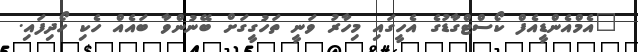
"އެމްއެންޑީއެފް ކޯސްޓްގާޑުގެ އެހީގައި މިހާރު ވަނީ ތަހުގީގަށް ބޭނުންވާ ބައެއް ހެކި ހޯދިފައި.